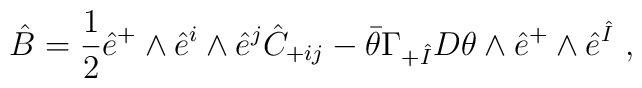
\hat{B}   = \frac{1}{2} \hat{e}^+ \wedge \hat{e}^i \wedge \hat{e}^j        \hat{C}_{+ij}   - \bar{\theta} \Gamma_{+\hat{I}} D \theta \wedge \hat{e}^+        \wedge \hat{e}^{\hat I} ~,